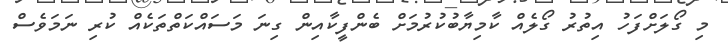
މި ގޯލަށްފަހު އިތުރު ގޯލެއް ކާމިޔާބުކުރުމަށް ބެންފީކާއިން ގިނަ މަސައްކަތްތަކެއް ކުރި ނަމަވެސް